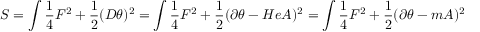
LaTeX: S = \int { \frac { 1 } { 4 } } F ^ { 2 } + { \frac { 1 } { 2 } } ( D \theta ) ^ { 2 } = \int { \frac { 1 } { 4 } } F ^ { 2 } + { \frac { 1 } { 2 } } ( \partial \theta - H e A ) ^ { 2 } = \int { \frac { 1 } { 4 } } F ^ { 2 } + { \frac { 1 } { 2 } } ( \partial \theta - m A ) ^ { 2 }